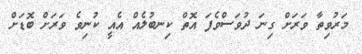
މަރުވިތާ ވަރަށް ގިނަ ދުވަސްވެފަ އޮތް ކިނބުލެއް އެއީ ކުނިވެ ވަރަށް ބޮޑަށް